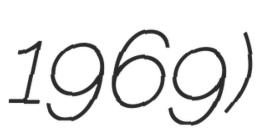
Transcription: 1969)